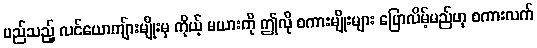
မည်သည့် လင်ယောကျ်ားမျိုးမှ ကိုယ့် မယားကို ဤလို စကားမျိုးများ ပြောလိမ့်မည်ဟု စကားလက်